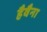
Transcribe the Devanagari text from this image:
हैवैना